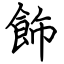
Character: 飾